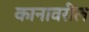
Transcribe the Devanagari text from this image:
कानावरील